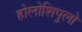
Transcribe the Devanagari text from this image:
होलोशिपुलो